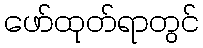
ဖော်ထုတ်ရာတွင်